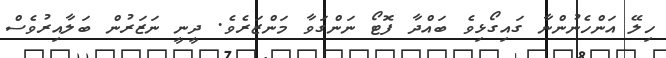
ހިލޭ އަންހެނުންނާ ގައިގޯޅިވެ ބައްދާ ފޮޓޯ ނަންގަވާ މަންޒަރެވެ. ދީނީ ނަޒަރުން ބަލާއިރުވެސް